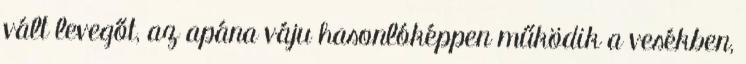
vált levegőt, az apána váju hasonlóképpen működik a vesékben,